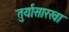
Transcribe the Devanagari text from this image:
तुर्यासारखा